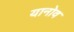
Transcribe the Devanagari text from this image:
यानोव